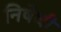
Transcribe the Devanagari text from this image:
निषेधी